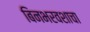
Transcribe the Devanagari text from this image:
बिनभरवशाचा